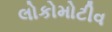
લોકોમોટીવ